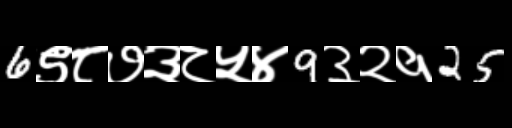
Text: 6९८७३८५४9३२१25